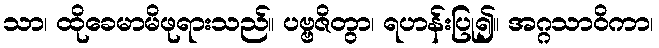
သာ၊ ထိုခေမာမိဖုရားသည်။ ပဗ္ဗဇိတွာ၊ ရဟန်းပြု၍။ အဂ္ဂသာဝိကာ၊